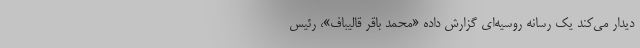
دیدار می‌کند یک رسانه روسیه‌ای گزارش داده «محمد باقر قالیباف»، رئیس‌